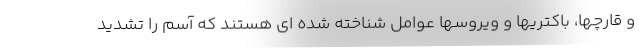
و قارچها، باکتریها و ویروسها عوامل شناخته شده ای هستند که آسم را تشدید